Punjab Mental Hospital Lahore 1922-31 - 1922-1931
Year: 1922
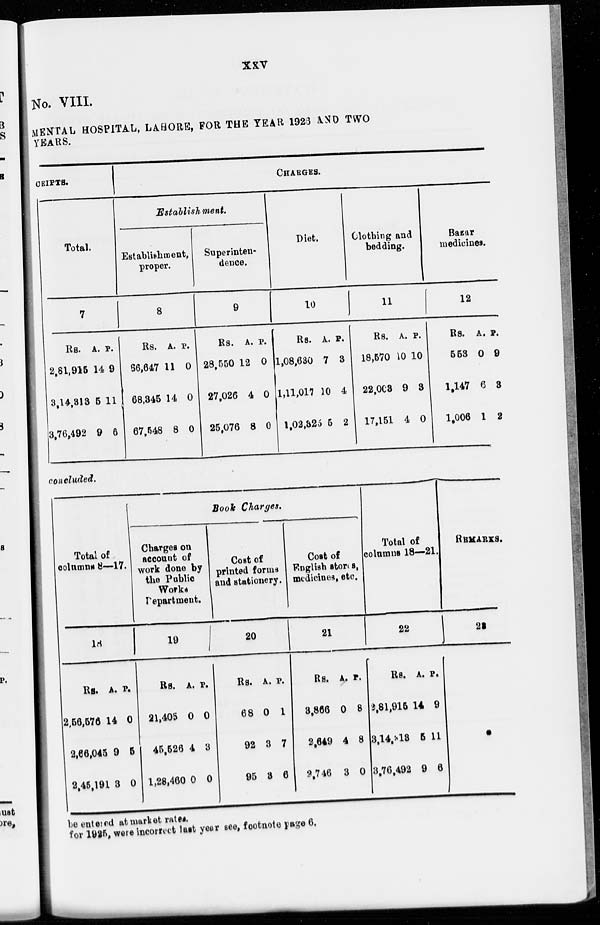
xxv
No. VIII.
MENTAL HOSPITAL, LAHORE, FOR THE YEAR 1928 AND TWO
YEARS.
CEIPTS.
Total.
7
Rs.
2,81,915
3,14,313
3,76,492
A.
14
5
9
P.
9
11
6
CHARGES.
Establishment.
Establishment,
proper.
8
Rs.
86,647
68,345
67,548
A.
11
14
8
P.
0
0
0
Superinten-
dence.
9
Rs.
28,550
27,026
25,076
A.
12
4
8
P.
0
0
0
Diet.
10
Rs.
1,08,630
1,11,017
l,02,325
A.
7
10
5
P.
3
4
2
Clothing and
bedding.
11
Rs.
18,570
22,003
17,151
A.
10
9
4
P.
10
3
0
Bazar
medicines.
12
Rs.
553
1,147
1,006
A.
0
6
1
P.
9
3
2
concluded.
Total of
columns 8—17.
18
Rs.
2,56,576
2,66,045
2,45,191
A.
14
9
3
P.
0
5
0
Book Charges.
Charges on
account of
work done by
the Public
Works
Department.
19
Rs.
21,405
45,526
1,28,460
A.
0
4
0
P.
0
3
0
Cost of
printed forms
and stationery.
20
Rs.
68
92
95
A.
0
3
3
P.
1
7
6
Cost of
English stores,
medicines, etc.
21
Rs.
3,866
2,649
2,746
A.
0
4
3
P.
8
8
0
Total of
columns 18—21.
22
Rs.
2,81,915
3,14,313
3,76,492
A.
14
5
9
P.
9
11
6
REMARKS.
23
be entered at market rates.
for 1925, were incorrect last year see, footnote page 6.